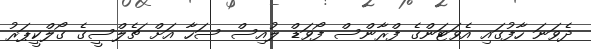
ދެވަނަ ހާފުގައި އެވަޓަންގެ ފްރާންސް ފޯވަޑް ލުއިސް ސަހާ އަށް ޗެލްސީގެ ގޯލްކީޕަރު